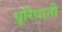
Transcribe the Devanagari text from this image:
धूरिधानी